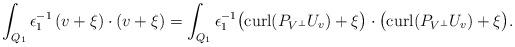
LaTeX: \begin{align*}\int_{Q_1}\epsilon_1^{-1}\left(v+\xi\right) \cdot \left(v+\xi\right)=\int_{Q_1}\epsilon_1^{-1}\bigl({\rm curl}(P_{V^\perp}U_v)+\xi\bigr) \cdot \bigl({\rm curl}(P_{V^\perp}U_v)+\xi\bigr).\end{align*}